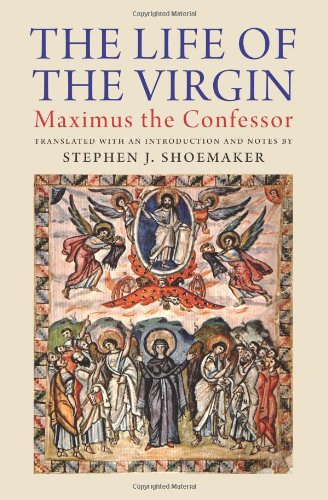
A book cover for The Life of the Virgin: Maximus the Confessor; Christian Books & Bibles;